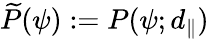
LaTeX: \widetilde{P}(\psi):=P(\psi;d_{\parallel})